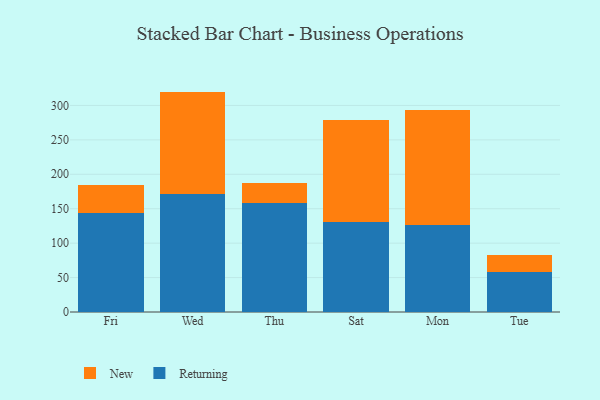
{"axis": {"x": "Day", "y": "Headcount"}, "legend": ["New", "Returning"], "data": [{"x": "Fri", "y": 143.1, "type": "Returning"}, {"x": "Fri", "y": 41.8, "type": "New"}, {"x": "Wed", "y": 171.2, "type": "Returning"}, {"x": "Wed", "y": 148.9, "type": "New"}, {"x": "Thu", "y": 158.0, "type": "Returning"}, {"x": "Thu", "y": 30.0, "type": "New"}, {"x": "Sat", "y": 131.4, "type": "Returning"}, {"x": "Sat", "y": 146.9, "type": "New"}, {"x": "Mon", "y": 126.2, "type": "Returning"}, {"x": "Mon", "y": 167.0, "type": "New"}, {"x": "Tue", "y": 58.1, "type": "Returning"}, {"x": "Tue", "y": 25.0, "type": "New"}]}